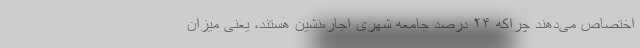
اختصاص می‌دهند چراکه ۲۴ درصد جامعه شهری اجاره‌نشین هستند، یعنی میزان